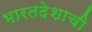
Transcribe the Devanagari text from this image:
भारतदेशाची